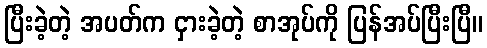
ပြီးခဲ့တဲ့ အပတ်က ငှားခဲ့တဲ့ စာအုပ်ကို ပြန်အပ်ပြီးပြီ။